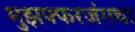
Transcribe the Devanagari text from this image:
मुझफ्फरजंगचा